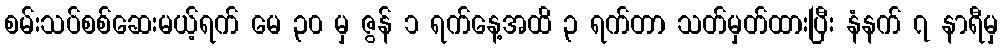
စမ်းသပ်စစ်ဆေးမယ့်ရက် မေ ၃၀ မှ ဇွန် ၁ ရက်နေ့အထိ ၃ ရက်တာ သတ်မှတ်ထားပြီး နံနက် ၇ နာရီမှ